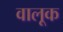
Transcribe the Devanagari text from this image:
वालूक